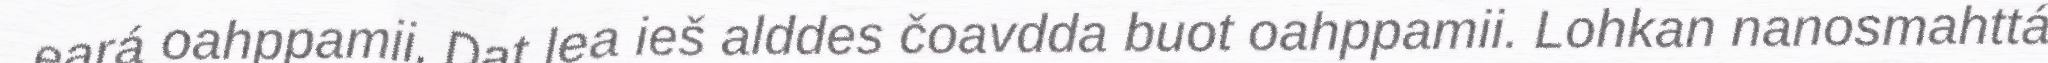
eará oahppamii. Dat lea ieš alddes čoavdda buot oahppamii. Lohkan nanosmahttá